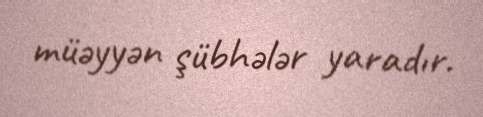
müəyyən şübhələr yaradır.